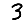
Digit: 3